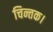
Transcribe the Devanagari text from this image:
चिन्तक।